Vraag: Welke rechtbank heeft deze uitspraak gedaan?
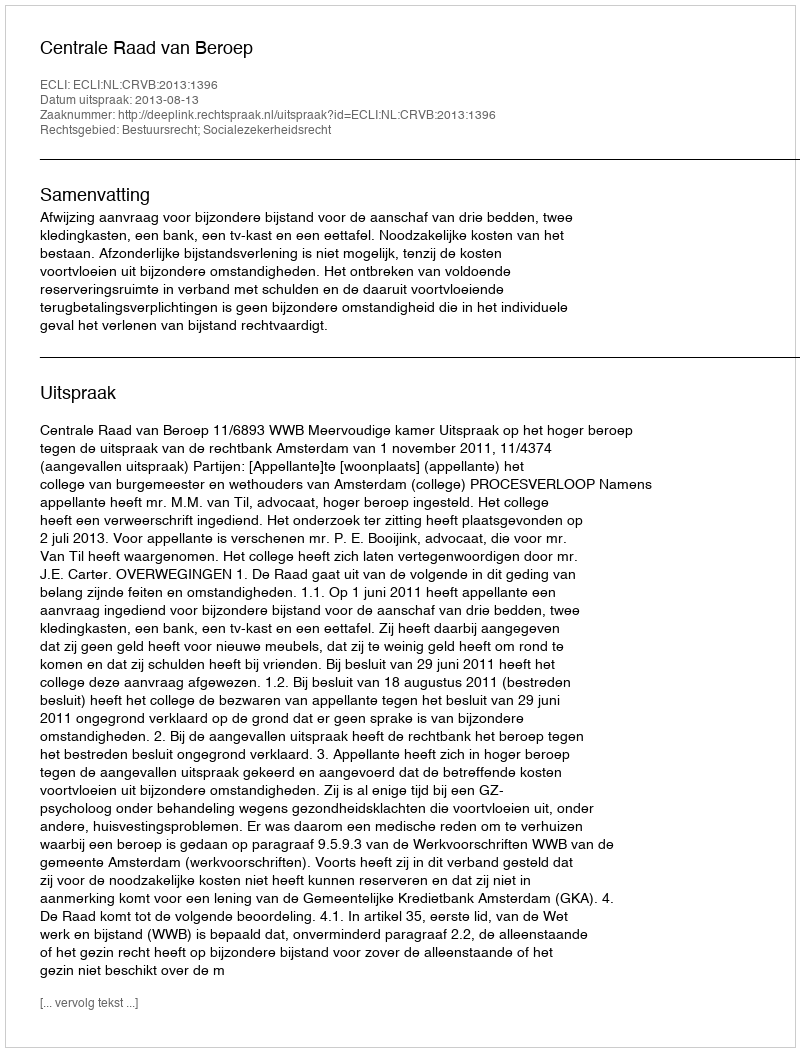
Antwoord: Centrale Raad van Beroep